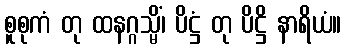
စူစုကံ တု ထနဂ္ဂသ္မိံ၊ ပိဋ္ဌံ တု ပိဋ္ဌိ နာရိယံ။